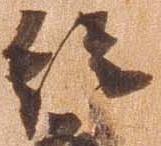
総